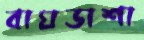
বাঘডাশা